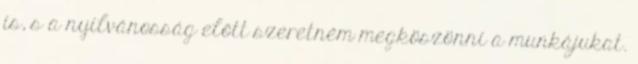
is, s a nyilvánosság előtt szeretném megköszönni a munkájukat.